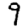
Digit: 9